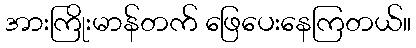
အားကြိုးမာန်တက် ဖြေပေးနေကြတယ်။